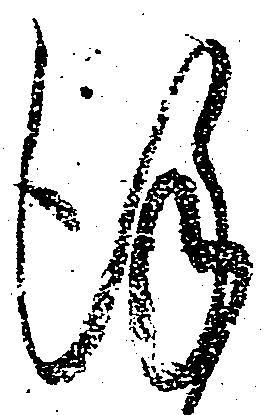
謹